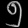
Digit: ၅